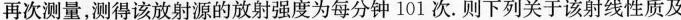
再次测量，测得该放射源的放射强度为每分钟101次。则下列关于该射线性质及